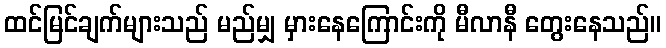
ထင်မြင်ချက်များသည် မည်မျှ မှားနေကြောင်းကို မီလာနီ တွေးနေသည်။